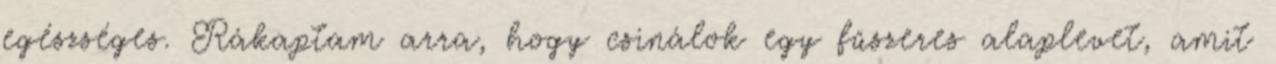
egészséges. Rákaptam arra, hogy csinálok egy fűszeres alaplevet, amit